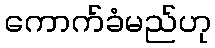
ကောက်ခံမည်ဟု